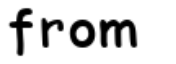
from